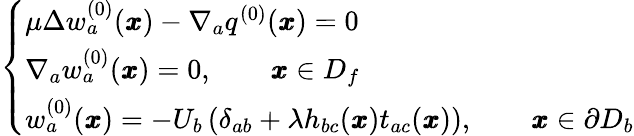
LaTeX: \left\{ \begin{array}{ll}{\mu\Delta w_{a}^{(0)}({\pmb x})-\nabla_{a}q^{(0)}({\pmb x})=0}\\ {\nabla_{a}w_{a}^{(0)}({\pmb x})=0,\qquad{\pmb x}\in D_{f}}\\ {w_{a}^{(0)}(\pmb x)=-U_{b}\left(\delta_{ab}+{\lambda}h_{bc}({\pmb x})t_{ac}({\pmb x})\right),\qquad{\pmb x}\in\partial D_{b}}\end{array}\right.